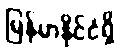
မြန်မာနိုင်ငံရှိ